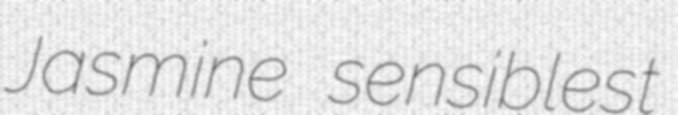
Jasmine sensiblest